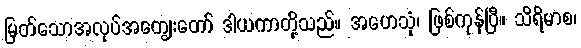
မြတ်သောအလုပ်အကျွေးတော် ဒါယကာတို့သည်။ အဟေသုံ၊ ဖြစ်ကုန်ပြီ။ သိရိမာစ၊